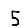
Digit: 5